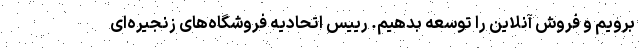
برويم و فروش آنلاين را توسعه بدهيم. رییس اتحادیه فروشگاه‌های زنجیره‌ای